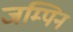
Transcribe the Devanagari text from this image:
जम्पिन